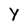
Character: y